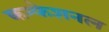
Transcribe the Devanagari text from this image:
कन्फेशनल